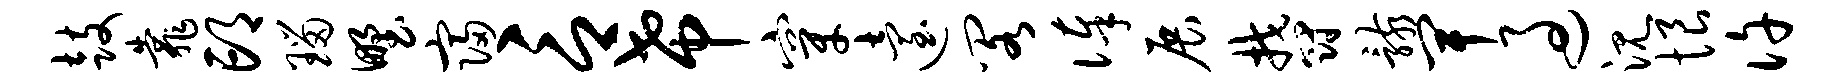
鼓靠邙瑙野寝言希穿迨阁俸展郁骸卑过沉恨许